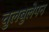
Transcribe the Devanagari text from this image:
चुलबुलेपन